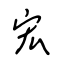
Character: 宏